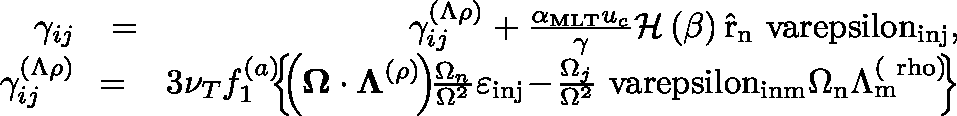
\begin{array} { r l r } { \gamma _ { i j } } & { = } & { \gamma _ { i j } ^ { ( \Lambda \rho ) } + \frac { \alpha _ { \mathrm { M L T } } u _ { c } } { \gamma } \mathcal { H } \left( \beta \right) \mathrm { \hat { r } _ { n } \ v a r e p s i l o n _ { i n j } } , } \\ { \gamma _ { i j } ^ { ( \Lambda \rho ) } } & { \! \! = \! \! } & { \! 3 \nu _ { T } f _ { 1 } ^ { ( a ) } \! \! \! \left\{ \! \! \left( \mathbf { \boldsymbol { \Omega } } \cdot \boldsymbol { \Lambda } ^ { ( \rho ) } \! \right) \! \! \frac { \Omega _ { n } } { \Omega ^ { 2 } } \varepsilon _ { \mathrm { i n j } } \! - \! \frac { \Omega _ { j } } { \Omega ^ { 2 } } \mathrm { \ v a r e p s i l o n _ { i n m } \Omega _ { n } \Lambda _ { m } ^ { ( \ r h o ) } } \! \! \right\} } \end{array}